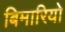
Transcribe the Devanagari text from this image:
बिमारियो